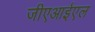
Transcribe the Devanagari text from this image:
जीएआईएल